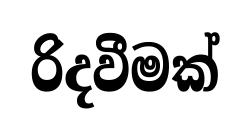
රිදවීමක්